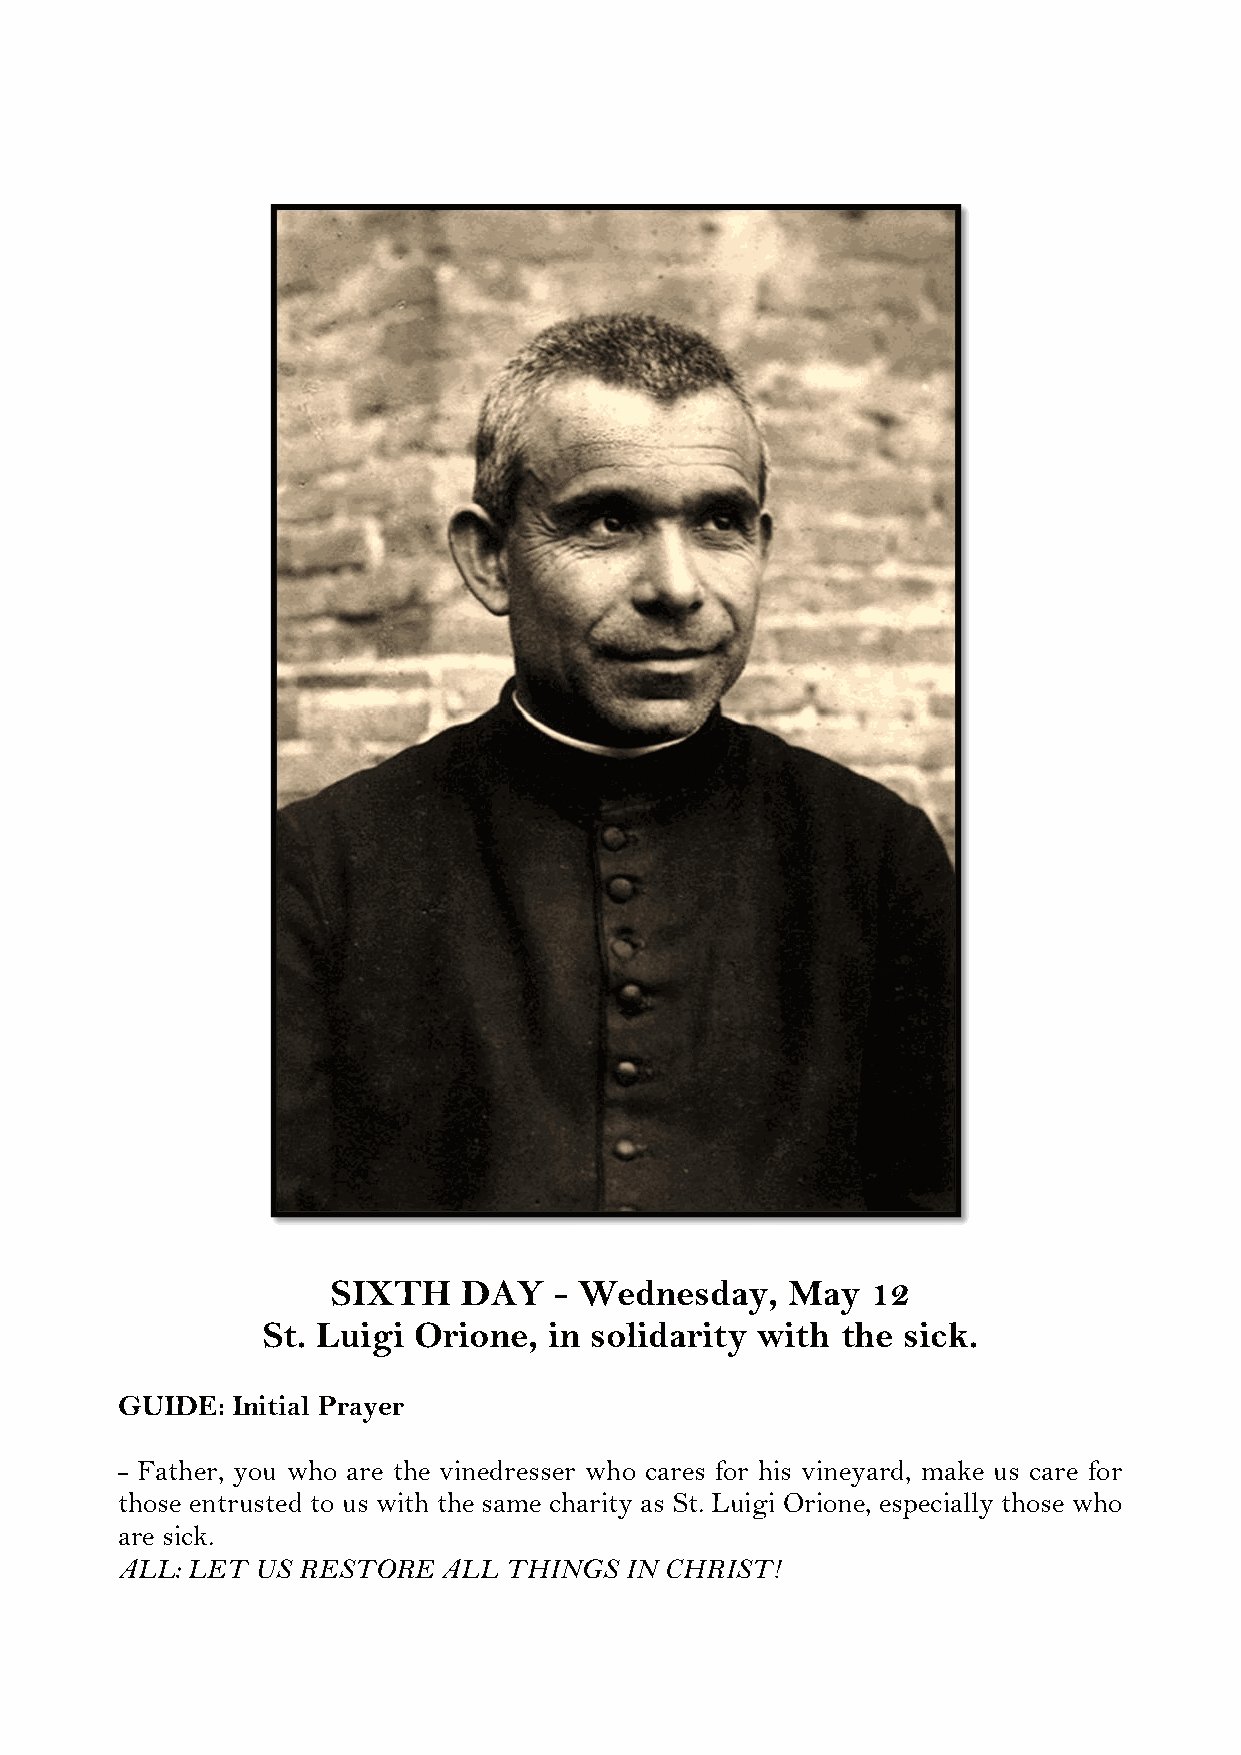
SIXTH    DAY   - Wednesday,   May   12
 St. Luigi Orione,  in solidarity with  the sick.
 GUIDE: Initial Prayer
 - Father, you who are the vinedresser who cares for his vineyard, make us care for
 those entrusted to us with the same charity as St. Luigi Orione, especially those who
 are sick.
 ALL: LET US RESTORE  ALL THINGS  IN CHRIST!